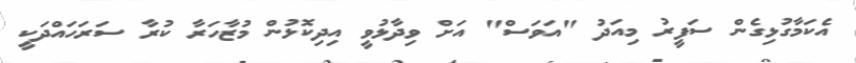
އެކަމާގުޅިގެން ސަފީރު މިއަދު "އަވަސް" އަށް ވިދާޅުވީ އިދިކޮޅުން މުޒާހަރާ ކުރާ ސަރަހައްދަކީ